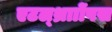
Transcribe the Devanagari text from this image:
एटल्थ्रााोंपस